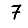
Digit: 7